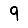
Digit: 9